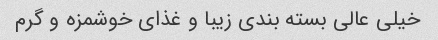
خیلی عالی بسته بندی زیبا و غذای خوشمزه و گرم